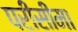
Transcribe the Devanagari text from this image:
परीसीमा